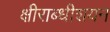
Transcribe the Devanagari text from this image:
क्षीराब्धीशयन